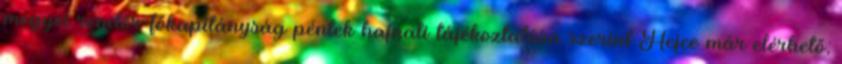
megyei rendőr-főkapitányság péntek hajnali tájékoztatása szerint Hejce már elérhető;